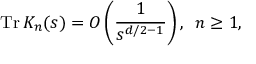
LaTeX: \mathrm { T r } \, K _ { n } ( s ) = O \left( \frac { 1 } { s ^ { d / 2 - 1 } } \right) , \, \, \, n \geq 1 ,